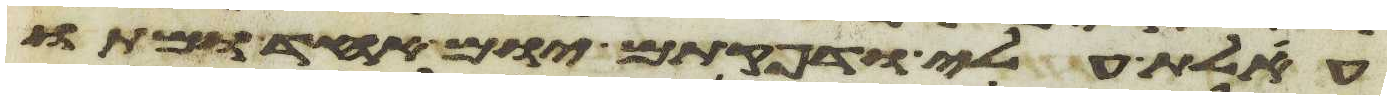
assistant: אעלת עלי ודפקתים יום אחד ומתו